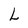
Character: L